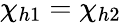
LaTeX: \chi_{h1}=\chi_{h2}